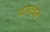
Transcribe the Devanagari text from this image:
पतवर्धन